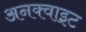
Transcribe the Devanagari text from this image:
अनक्वाइट